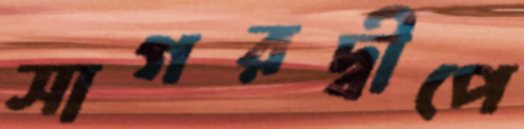
সাগরদ্বীপে